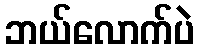
ဘယ်လောက်ပဲ